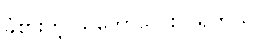
ခံစားတဲ့ သဘောလေးပဲ ရှိတယ်။